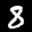
Label: 8